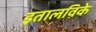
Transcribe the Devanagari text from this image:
इतालविके